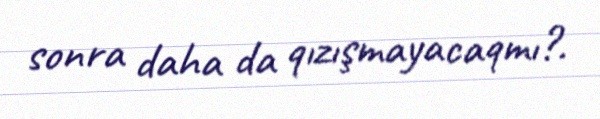
sonra daha da qızışmayacaqmı?.